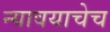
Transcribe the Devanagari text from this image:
न्यावयाचेच